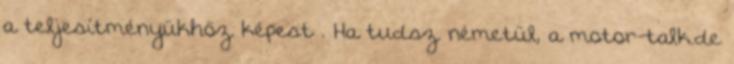
a teljesítményükhöz képest . Ha tudsz németül, a motor-talk.de